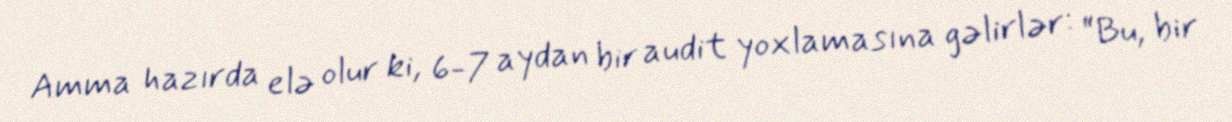
Amma hazırda elə olur ki, 6-7 aydan bir audit yoxlamasına gəlirlər: “Bu, bir